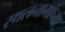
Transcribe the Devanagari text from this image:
स्थलनामांच्या